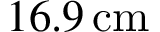
1 6 . 9 \, \mathrm { c m }